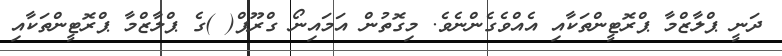
ދަނީ ޕްލާޒްމާ ޕްރޮޓީންތަކާއި އެއްވެގެންނެވެ. މިގޮތުން އަމައިނޯ ގްރޫޕް( )ގެ ޕްލާޒްމާ ޕްރޮޓީންތަކާއި